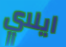
ايلاي